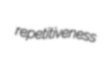
repetitiveness